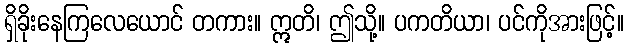
ရှိခိုးနေကြလေယောင် တကား။ ဣတိ၊ ဤသို့။ ပကတိယာ၊ ပင်ကိုအားဖြင့်။